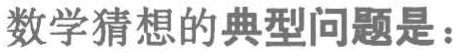
数学猜想的典型问题是：